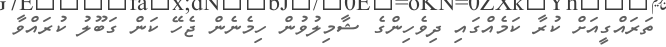
ތަރައްގީއަށް ކުރާ ކަމެއްގައި ދިވެހިންގެ ޝާމިލުވުން ހިމެނެން ޖެހޭ ކަން ގަބޫލު ކުރައްވާ